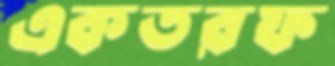
একতরফ